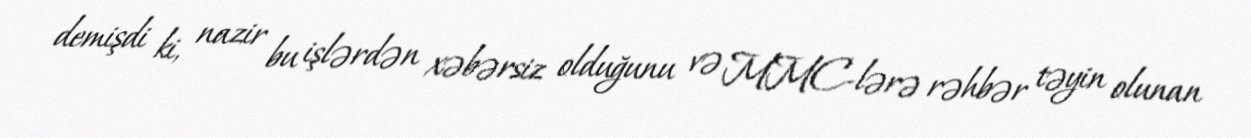
demişdi ki, nazir bu işlərdən xəbərsiz olduğunu və MMC-lərə rəhbər təyin olunan